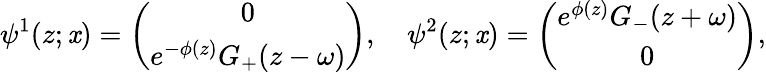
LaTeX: \psi^{1}(z;\mathit{x})=\left(\begin{array}{cr}{{0}}\\ {{e^{-\phi(z)}G_{+}(z-\omega)}}\end{array}\right),~~~~\psi^{2}(z;\mathit{x})=\left(\begin{array}{cr}{{e^{\phi(z)}G_{-}(z+\omega)}}\\ {{0}}\end{array}\right),